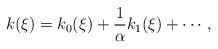
\begin{align*}k(\xi) = k_0(\xi) + \frac{1}{\alpha} k_1(\xi) + \cdots,\end{align*}